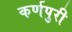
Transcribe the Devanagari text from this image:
कर्णपुरी